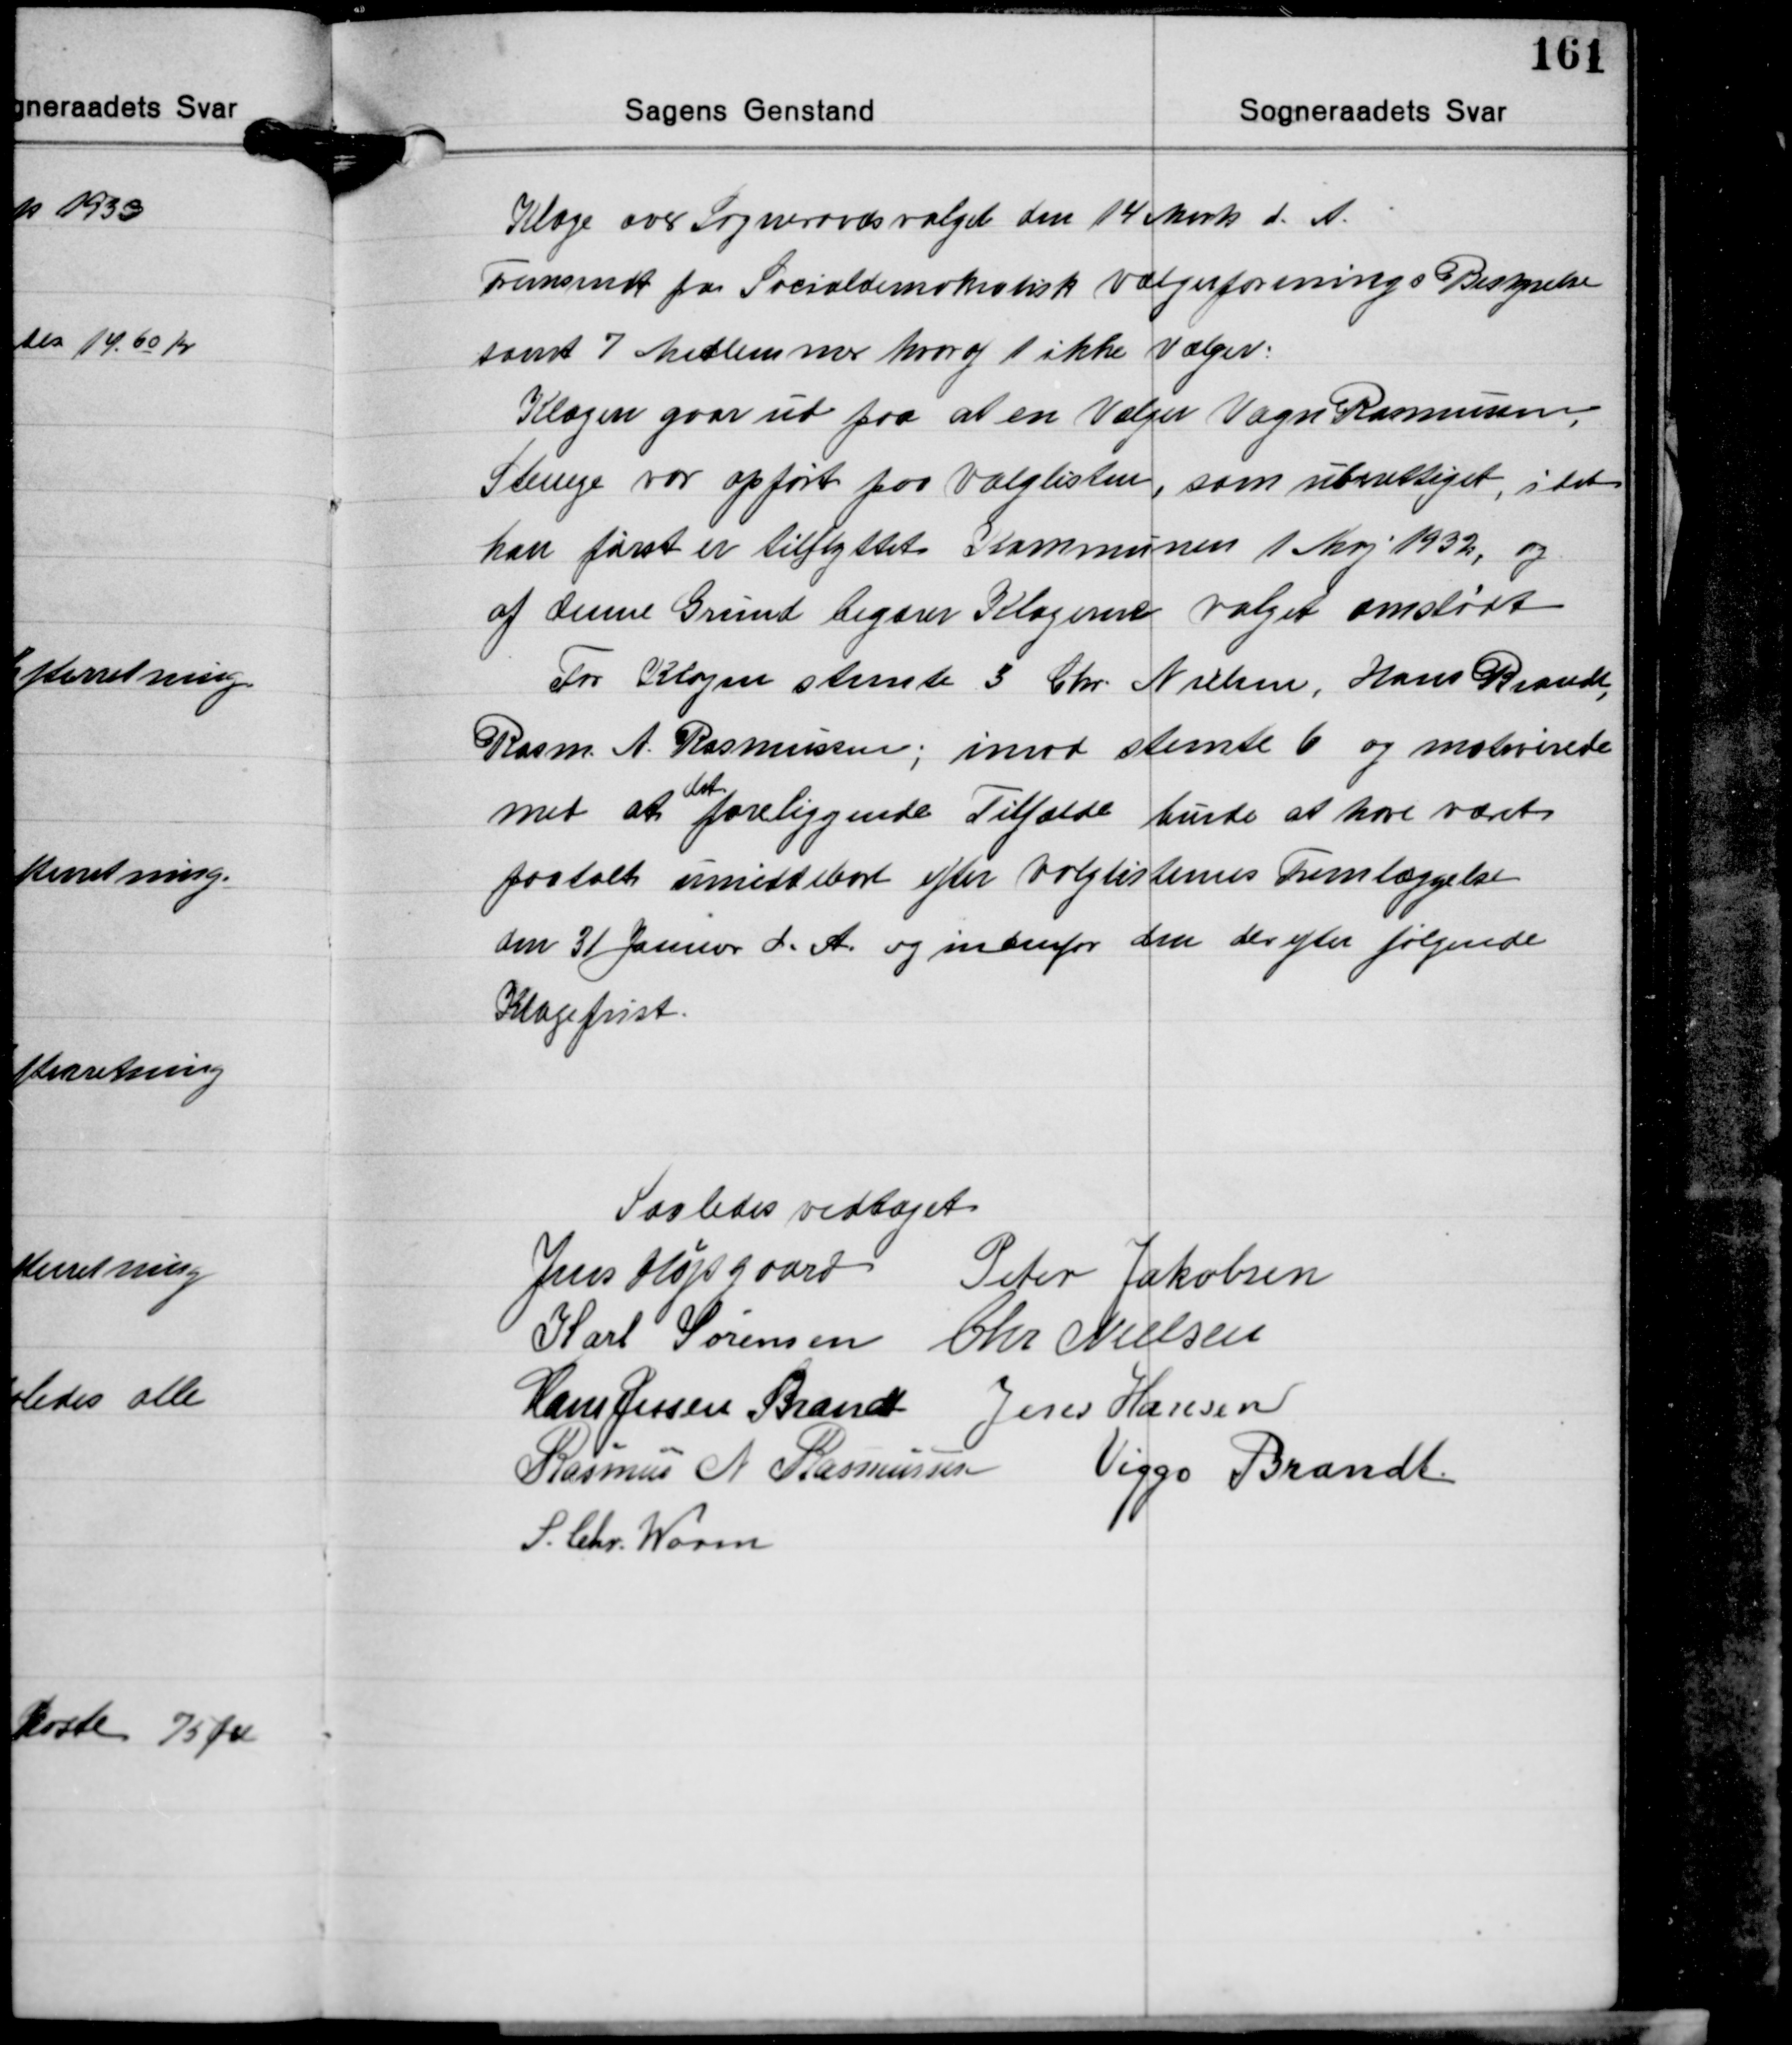
Transskription:
Klage over Sogneraadsvalget den 14 Marts d. A.
Fremsent for Socialdemokrotisk Vælgerforenings Bestyrelse
samt 7 Medlemmer hvoraf 1 ikke Vælger:
Klagen gaar ud paa at en Vælger Vagn Rasmussen
Stenege var opført paa Valglisten, som uberettiget, idet
han først er tilflyttet Kommunen 1 Maj 1932 og
af denne Grund begærer Klagerne valget omstødt
For Klagen stemte 3 Chr Nielsen, Hans Brandt
Rasm. A. Rasmussen; imod stemte 6 og motiverede
det
med at foreliggende Tilfælde burde at have været
paatalt umiddelbart efter Valglisternes Fremlæggelse
den 31 Januar d. A. og indenfor den derefter følgende
Klagefrist.

Saaledes vedtaget
Jens Højsgaard Peter Jakobsen
Karl Sørensen Chr. Nielsen
Hans Jessen Brandt Jens Hansen
Rasmus N. Rasmussen Viggo Brandt
S. Chr. Worm